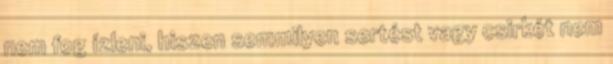
nem fog ízleni, hiszen semmilyen sertést vagy csirkét nem